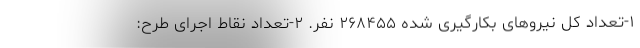
۱-تعداد کل نیروهای بکارگیری شده ۲۶۸۴۵۵ نفر. ۲-تعداد نقاط اجرای طرح: